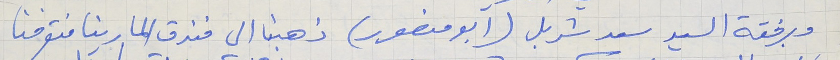
وبرفقة السيد سعد شربل (ابو منصور) ذهبنا الى فندق المارينا فتعرفنا